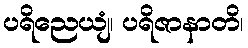
ပရိညေယျံ၊ ပရိဇာနာတိ၊